Scottish Leaving Certificate Examination, 1956
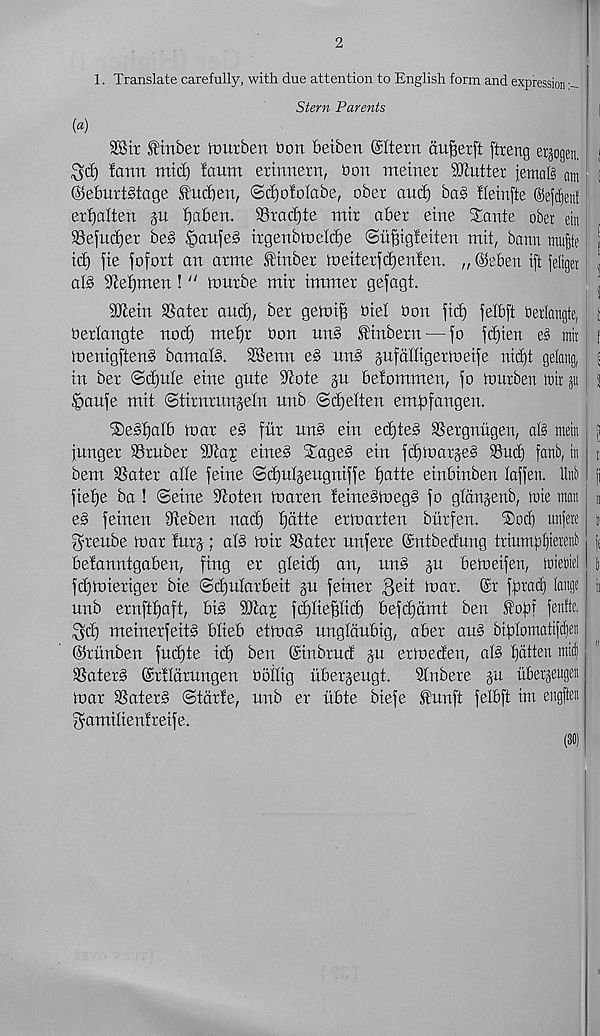
2
1. Translate carefully, with due attention to English form and expression ■ -
Stern Parents
(
(a)
28 it fin bet itmtben bon beiben @Itetn ou^etft ftreng erjogen. |
lann mid) faum ettnnetn, bon meinet SJiuttet }emal3 am I
@ebntt§tage fncben, ©djofolabe, obet and) ba§ fleinfte @ef(f)enf
etfjalten ju Ijaben. 25rad)te mit abet eine Xante ober ein
23efu(^et be§ ^)anfe§ irgenbrneldje ©ufngfeiten mil, bann mu|te j
tc^ |te fofott an atme ftnbet meiterfdjenfen. „ ©eben ift jeliget f
ats s 3cet)men! “ tontbe mit tmmet gefagt.
^
SRein SSatet and), bet getoifi biel bon fid) felbft beriangte, 1
bettangte nod) mef)t bon un§ finbetn — jo fd)ien
mit i
tt)enigften§ bamaR 28enn e§ un§ jufcilligetineife nidjt geiang, :
in bet <Sd)n(e eine gute S^ote §n befommen, fo tourben ttir jit; 3
|>aufe mit ©tinmmgetn unb ©djetten empfangen.
XeSfjatb mat e§ fur un§ ein edited 2Setgnugen, al§ mein }
junget 93rubet SJlaj eineg Xage§ ein fcptoarjeS 23ud) fanb, in n
bem 2Sater ade feme @d)uljeugniffe patte einbinben laffen. lint [i
fiefje ba ! (Seine floten toaren !eine§n)eg§ fo gtdnjenb, mie man n
e§ feinen 9fieben nad) pdtte ertoarten bittfen. Xod) unjete j
gteube mat lurj; al§ mit 25atet unfete ©ntbedung triumb^ietent j[
belanntgaben, fing et gteid) an, un§ §u bemeifen, itietiiel j
fd)mietiger bie Sdjulatbeit ju feinet $eit mat. ©t fprad) lange ii
unb ernftpaft, bi§ Wai fdgtieptid) befd)dmt ben fopf fenfte,
^d) meinetfeit§ blieb etma§ ungldubig, abet au§ biplomatifdjen
©txinben futpte id) ben (Sinbtud ju etmeden, ate patten midi
2Saterg ©rHdtungen boitig itbetjeugt.
Stnbere pa tibergeugeit
mat 23ater§ Stdtfe, unb er itbte biefe funft felbft im engfteit
gamilienlteife.
(30)
I I